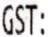
GST: